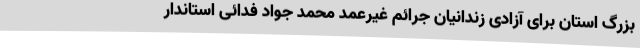
بزرگ استان برای آزادی زندانیان جرائم غیرعمد محمد جواد فدائی استاندار